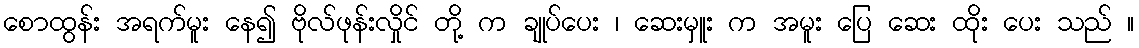
စောထွန်း အရက်မူး နေ၍ ဗိုလ်ဖုန်းလှိုင် တို့ က ချုပ်ပေး ၊ ဆေးမှူး က အမူး ပြေ ဆေး ထိုး ပေး သည် ။